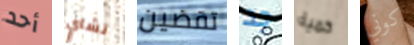
أحد تشاي تقضين جد كمية كوني